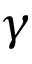
\gamma